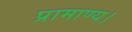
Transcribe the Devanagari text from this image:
प्रामाण्य।